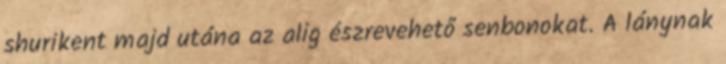
shurikent majd utána az alig észrevehető senbonokat. A lánynak